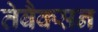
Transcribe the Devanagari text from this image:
तेबैक्सन